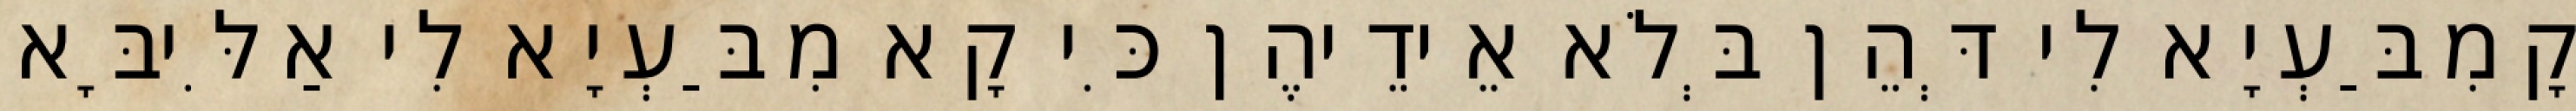
קָמִבַּעְיָא לִי דְּהֵן בְּלֹא אֵידֵיהֶן כִּי קָא מִבַּעְיָא לִי אַלִּיבָּא